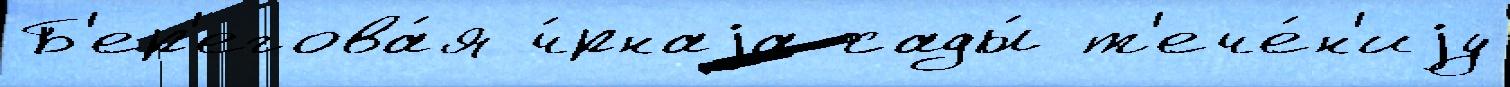
Б'ер'егова́я ч́рнаjа сады́ т'ече́н'иjу